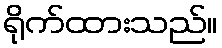
ရိုက်ထားသည်။